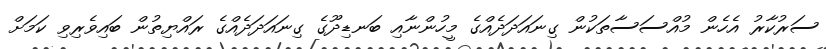
ސަރުކާރު އެހެން މުއްސަސާތަކުން ގިނައަދަދެއްގެ މީހުންނާއި ބަނޑިދޫގެ ގިނައަދަދެއްގެ ރައްޔިތުން ބައިވެރިވި ކަމަށް